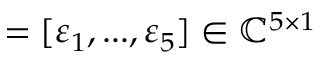
\mathbf { \varepsilon } = [ \varepsilon _ { 1 } , . . . , \varepsilon _ { 5 } ] \in \mathbb { C } ^ { 5 \times 1 }